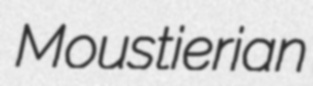
Moustierian